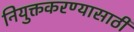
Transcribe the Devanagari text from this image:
नियुक्तकरण्यासाठी